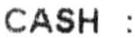
CASH :